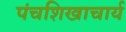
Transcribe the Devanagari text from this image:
पंचशिखाचार्य